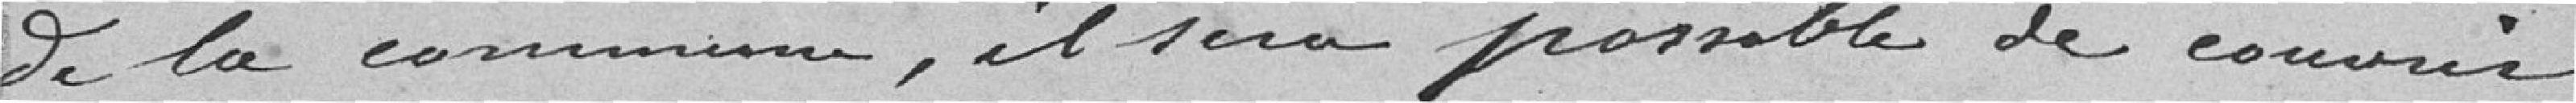
de la commune, il sera possible de couvrir